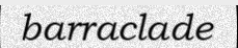
barraclade